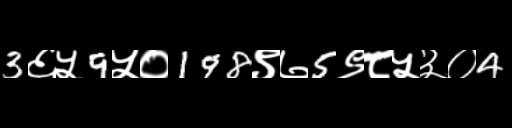
Text: 3६५9५०198९७5९८५३०4